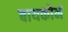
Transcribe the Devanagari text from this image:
बायकोनं